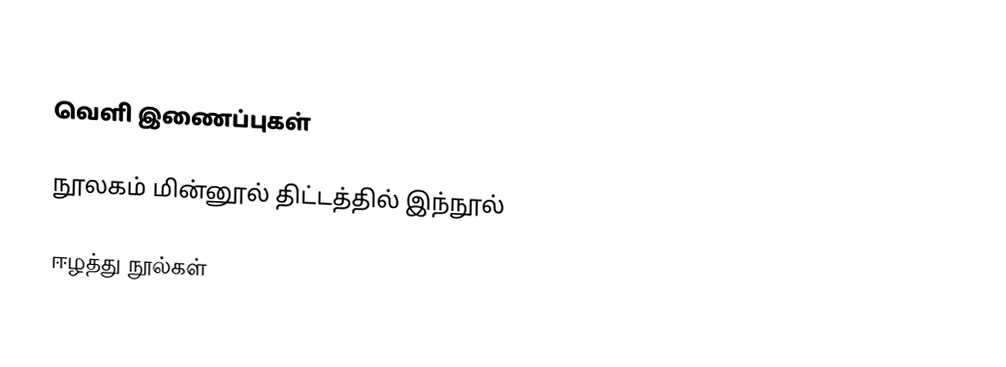

வெளி இணைப்புகள்

நூலகம் மின்னூல் திட்டத்தில் இந்நூல்

ஈழத்து நூல்கள்